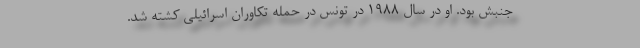
جنبش بود. او در سال ۱۹۸۸ در تونس در حمله تکاوران اسرائیلی کشته شد.